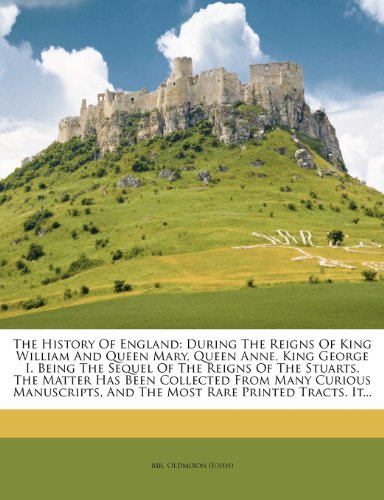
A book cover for The History Of England: During The Reigns Of King William And Queen Mary, Queen Anne, King George I. Being The Sequel Of The Reigns Of The Stuarts. ... And The Most Rare Printed Tracts. It...; Mr. Oldmixon (John); History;